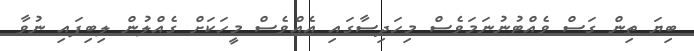
ބިޔަ ތިން ގަސް ވެއްޓުނުނަމަވެސް މިހަދިސާގައި އެއްވެސް މީހަކަށް ގެއްލުން ލިބިފައި ނުވާ